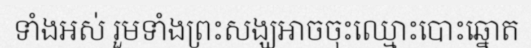
ទាំងអស់ រួមទាំងព្រះសង្ឃអាចចុះឈ្មោះបោះឆ្នោត